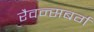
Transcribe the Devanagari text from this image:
रैवन्सबर्ग